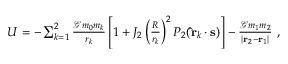
\begin{array} { r } { U = - \sum _ { k = 1 } ^ { 2 } \frac { \mathcal { G } m _ { 0 } m _ { k } } { r _ { k } } \left[ 1 + J _ { 2 } \left( \frac { R } { r _ { k } } \right) ^ { 2 } P _ { 2 } ( \mathbf { \hat { r } } _ { k } \cdot \mathbf { s } ) \right] - \frac { \mathcal { G } m _ { 1 } m _ { 2 } } { | \mathbf { r } _ { 2 } - \mathbf { r } _ { 1 } | } \ , } \end{array}